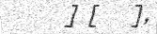
] [   ]